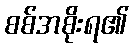
စစ်အစိုးရ၏